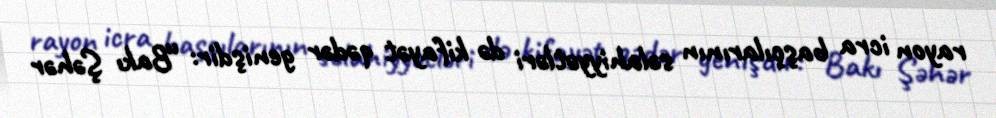
rayon icra başçılarının səlahiyyətləri də kifayət qədər genişdir: “Bakı Şəhər